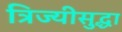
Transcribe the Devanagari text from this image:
त्रिज्यीसुद्धा